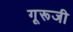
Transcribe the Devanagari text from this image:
गूरूजी